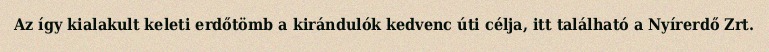
Az így kialakult keleti erdőtömb a kirándulók kedvenc úti célja, itt található a Nyírerdő Zrt.